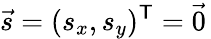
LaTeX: {\vec{s}}=(s_{x},s_{y})^{\mathsf{T}}={\vec{0}}\,